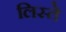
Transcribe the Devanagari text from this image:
लिस्ते